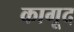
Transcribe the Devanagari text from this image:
कागूद